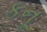
કનૂ